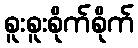
စူးစူးစိုက်စိုက်